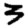
Digit: 3